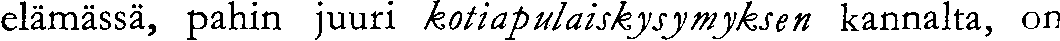
elämässä, pahin juuri kotiapulaiskysymyksen kannalta, on